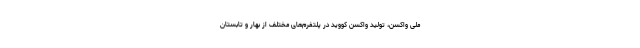
ملی واکسن، تولید واکسن کووید در پلتفرم‌های مختلف از بهار و تابستان